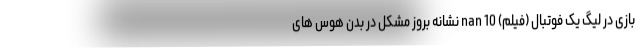
بازی در لیگ یک فوتبال (فیلم) nan 10 نشانه بروز مشکل در بدن هوس های